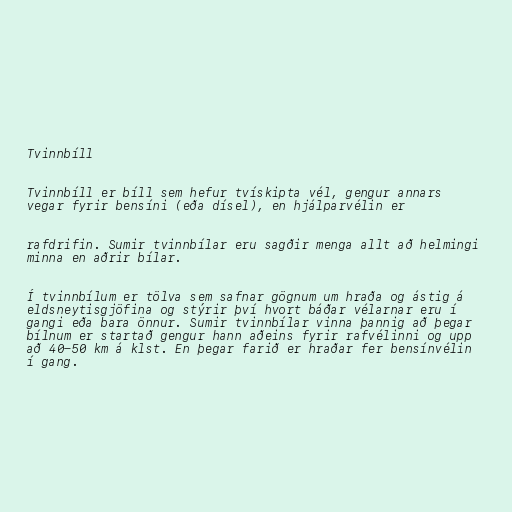
Tvinnbíll

Tvinnbíll er bíll sem hefur tvískipta vél, gengur annars
vegar fyrir bensíni (eða dísel), en hjálparvélin er

rafdrifin. Sumir tvinnbílar eru sagðir menga allt að helmingi
minna en aðrir bílar.

Í tvinnbílum er tölva sem safnar gögnum um hraða og ástig á
eldsneytisgjöfina og stýrir því hvort báðar vélarnar eru í
gangi eða bara önnur. Sumir tvinnbílar vinna þannig að þegar
bílnum er startað gengur hann aðeins fyrir rafvélinni og upp
að 40-50 km á klst. En þegar farið er hraðar fer bensínvélin
í gang.